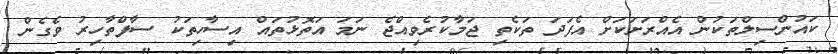
ކައުންސިލްތަކުން އެއްރަށަކަށް އެފަދަ ތަކެތި ޖަމާކުރެވިއްޖެ ނަމަ އަތޮޅުތައް އިސާހިތަކު ސާފްތާހިރު ވެގެން